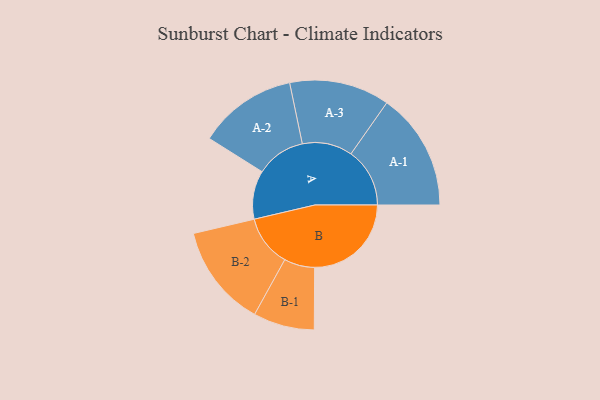
{"axis": {"x": "Segment", "y": "Value"}, "legend": ["", "A", "B"], "data": [{"x": "A", "y": 246, "type": ""}, {"x": "B", "y": 490, "type": ""}, {"x": "A-1", "y": 298, "type": "A"}, {"x": "A-2", "y": 250, "type": "A"}, {"x": "A-3", "y": 254, "type": "A"}, {"x": "B-1", "y": 155, "type": "B"}, {"x": "B-2", "y": 260, "type": "B"}]}